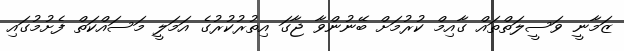
ޒަމާނީ ވަސީލަތްތައް ގާއިމް ކުރުމަށް ބޭނުންވާ ޖާގަ އިތުރުކުރުގެ އަމަލީ މަސައްކަތް ފެށުމުގައި